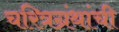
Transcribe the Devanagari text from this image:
चरित्रग्रंथांची